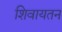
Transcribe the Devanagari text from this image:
शिवायतन